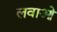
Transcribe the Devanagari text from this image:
लवाओ